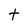
Character: t